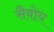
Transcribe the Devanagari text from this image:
सैवोय